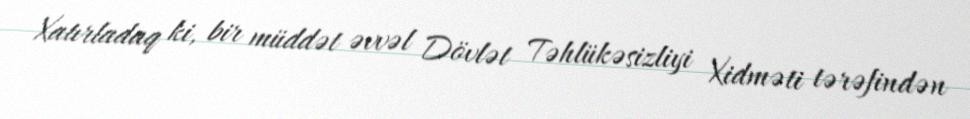
Xatırladaq ki, bir müddət əvvəl Dövlət Təhlükəsizliyi Xidməti tərəfindən